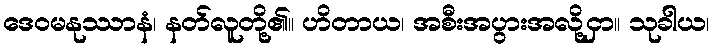
ဒေဝမနုဿာနံ၊ နတ်လူတို့၏။ ဟိတာယ၊ အစီးအပွားအလို့ငှာ။ သုခါယ၊